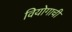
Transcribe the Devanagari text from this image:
वियोगाची